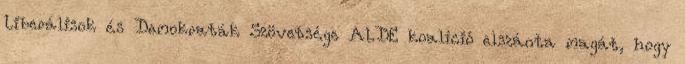
Liberálisok és Demokraták Szövetsége ALDE koalíció elszánta magát, hogy